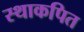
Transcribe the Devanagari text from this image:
स्थाकपित